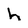
Character: h